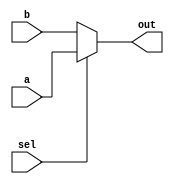
module mux2_to_1_9b(
  input [8:0] a,
  input [8:0] b,
  input sel,
  output [8:0] out);

  assign out = sel ? a : b;

endmodule